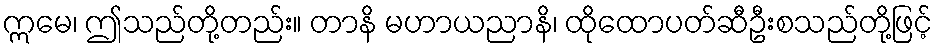
ဣမေ၊ ဤသည်တို့တည်း။ တာနိ မဟာယညာနိ၊ ထိုထောပတ်ဆီဦးစသည်တို့ဖြင့်